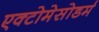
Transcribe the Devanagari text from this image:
एक्टोमेसोडर्म